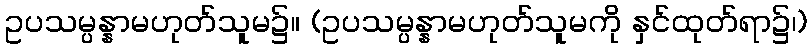
ဥပသမ္ပန္နာမဟုတ်သူမ၌။ (ဥပသမ္ပန္နာမဟုတ်သူမကို နှင်ထုတ်ရာ၌၊)